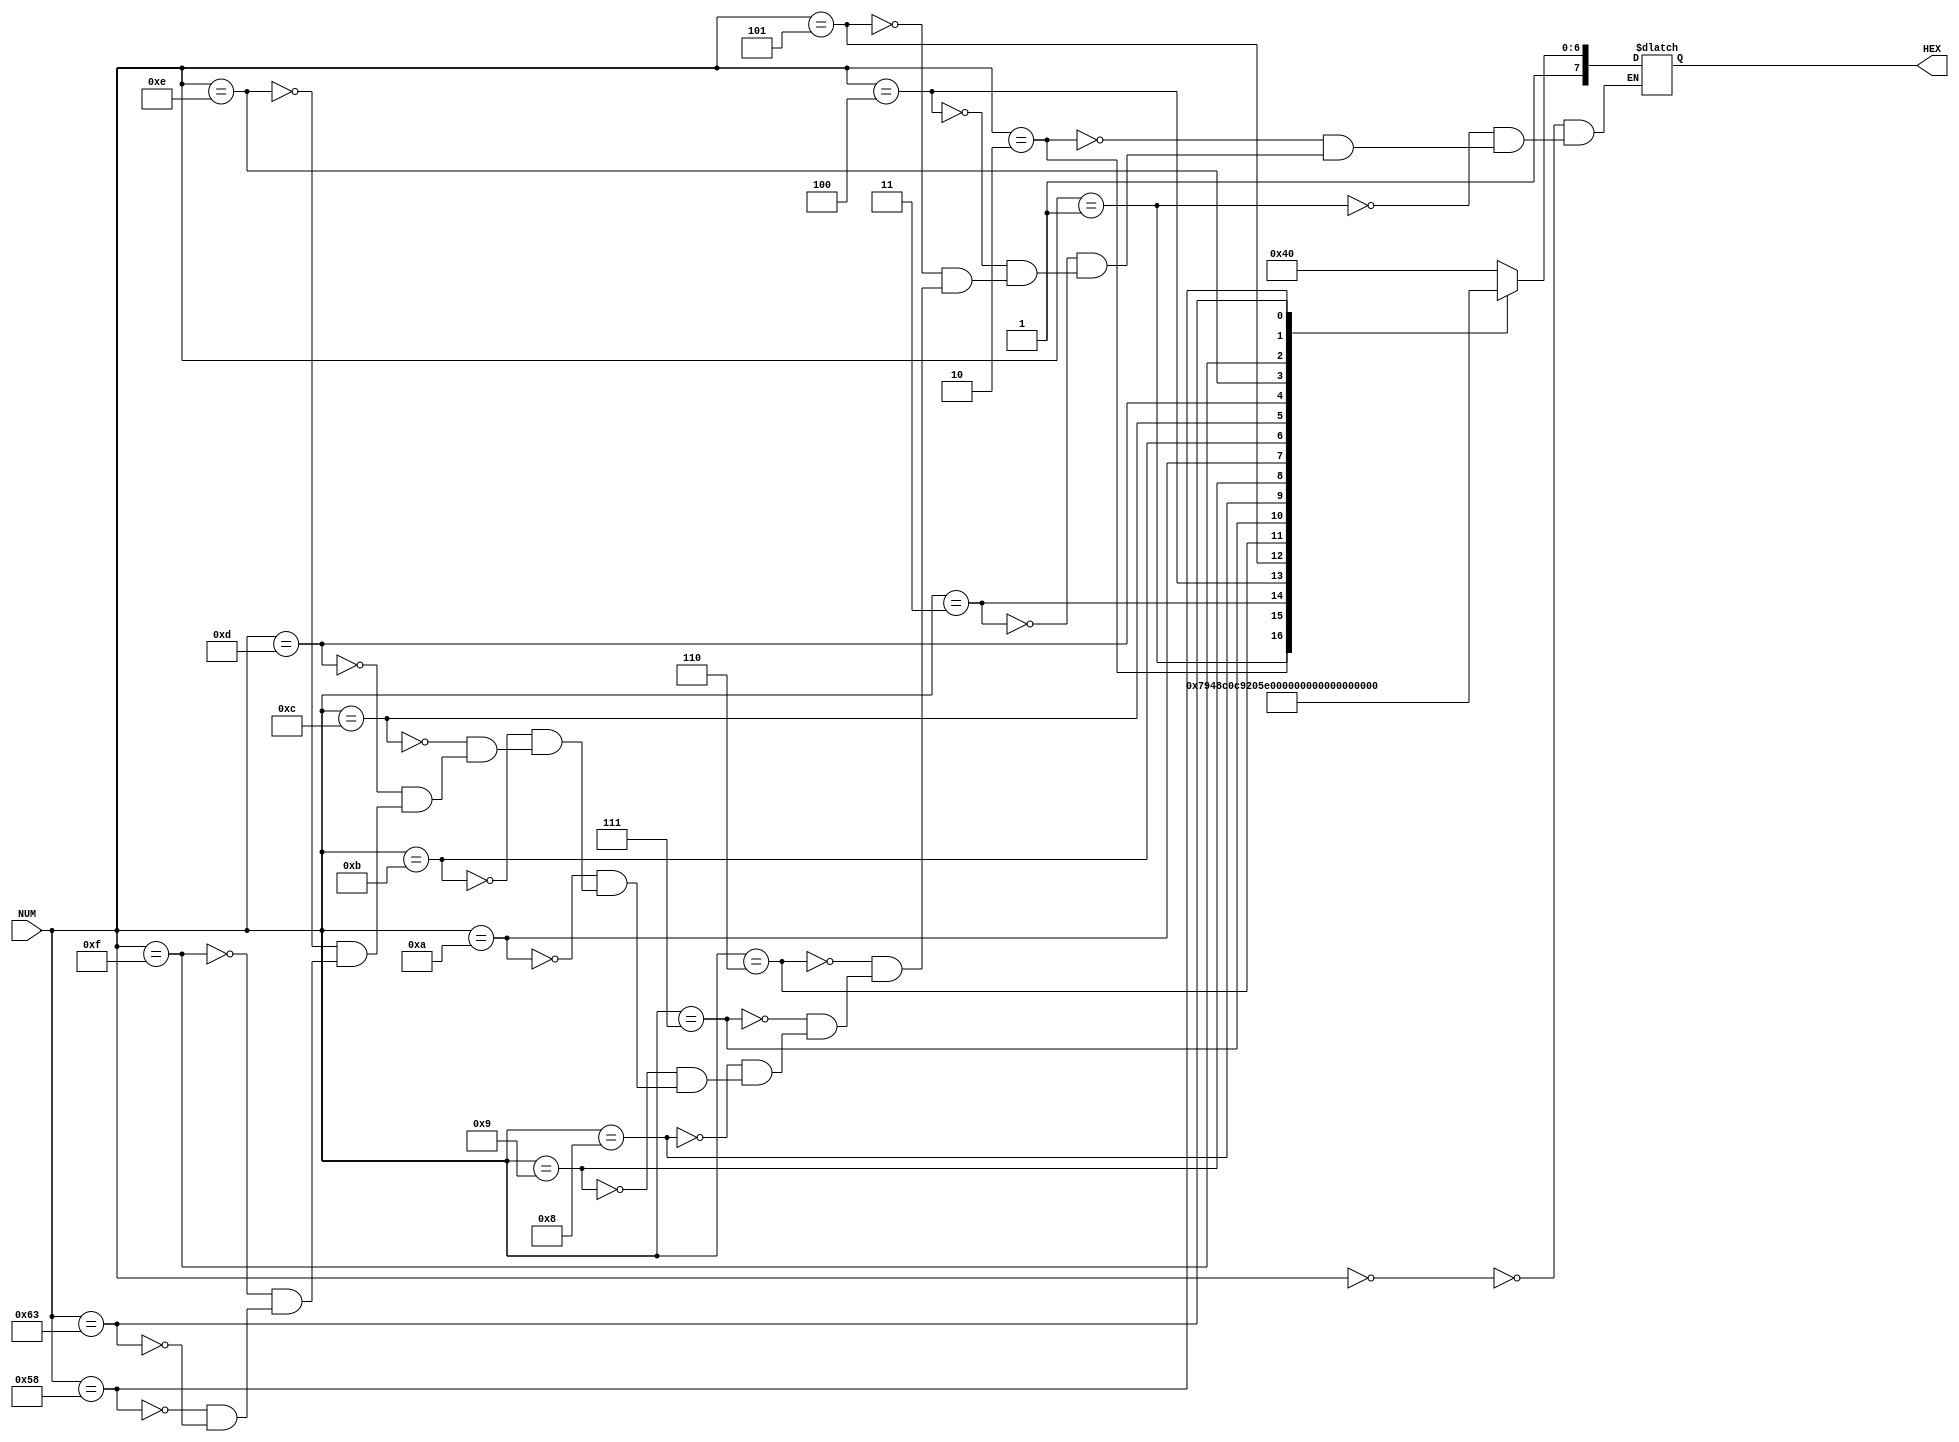
module SevenSeg(
 
    //////////// SEG7 //////////
    output           [7:0]      HEX,
 
    //////////// KEY //////////
    input            [7:0]     NUM
    
);
 
    reg [7:0] value;
 
//takes decimal number and converts to binary for HEX display based on logic 0 = on, logic 1 = off for each segment
//if NUM = 'd88 is blank(pos)
//if NUM = 'd99 is minus sign
    always @(NUM)
        begin
            case(NUM)
                8'd0: value = 8'b11000000;
                8'd1: value = 8'b11111001;
                8'd2: value = 8'b10100100;
                8'd3: value = 8'b10110000;
                8'd4: value = 8'b10011001;
                8'd5: value = 8'b10010010;
                8'd6: value = 8'b10000010;
                8'd7: value = 8'b11111000;
                8'd8: value = 8'b10000000;
                8'd9: value = 8'b10011000;
                8'd10: value = 8'b10001000; 
                8'd11: value = 8'b10000011;
                8'd12: value = 8'b11000110;
                8'd13: value = 8'b10100001;
                8'd14: value = 8'b10000110;
                8'd15: value = 8'b10001110;
 
                8'd88: value = 8'b11111111;
                8'd99: value = 8'b10111111;
            endcase
        end
 
 
    //the HEX display passed is given whatever value determined above
    assign HEX[7:0] = value;
 
 
endmodule